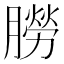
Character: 朥